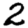
Digit: 2